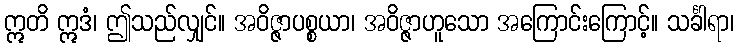
ဣတိ ဣဒံ၊ ဤသည်လျှင်။ အဝိဇ္ဇာပစ္စယာ၊ အဝိဇ္ဇာဟူသော အကြောင်းကြောင့်။ သင်္ခါရာ၊